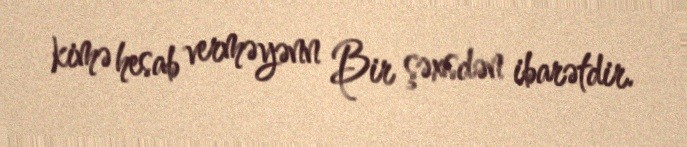
kimə hesab verməyənn Bir şəxsdən ibarətdir.